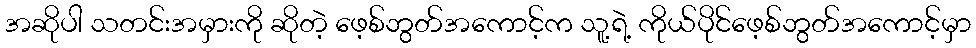
အဆိုပါ သတင်းအမှားကို ဆိုတဲ့ ဖေ့စ်ဘွတ်အကောင့်က သူ့ရဲ့ ကိုယ်ပိုင်ဖေ့စ်ဘွတ်အကောင့်မှာ